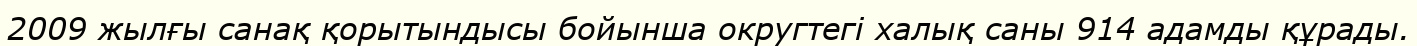
2009 жылғы санақ қорытындысы бойынша округтегі халық саны 914 адамды құрады.